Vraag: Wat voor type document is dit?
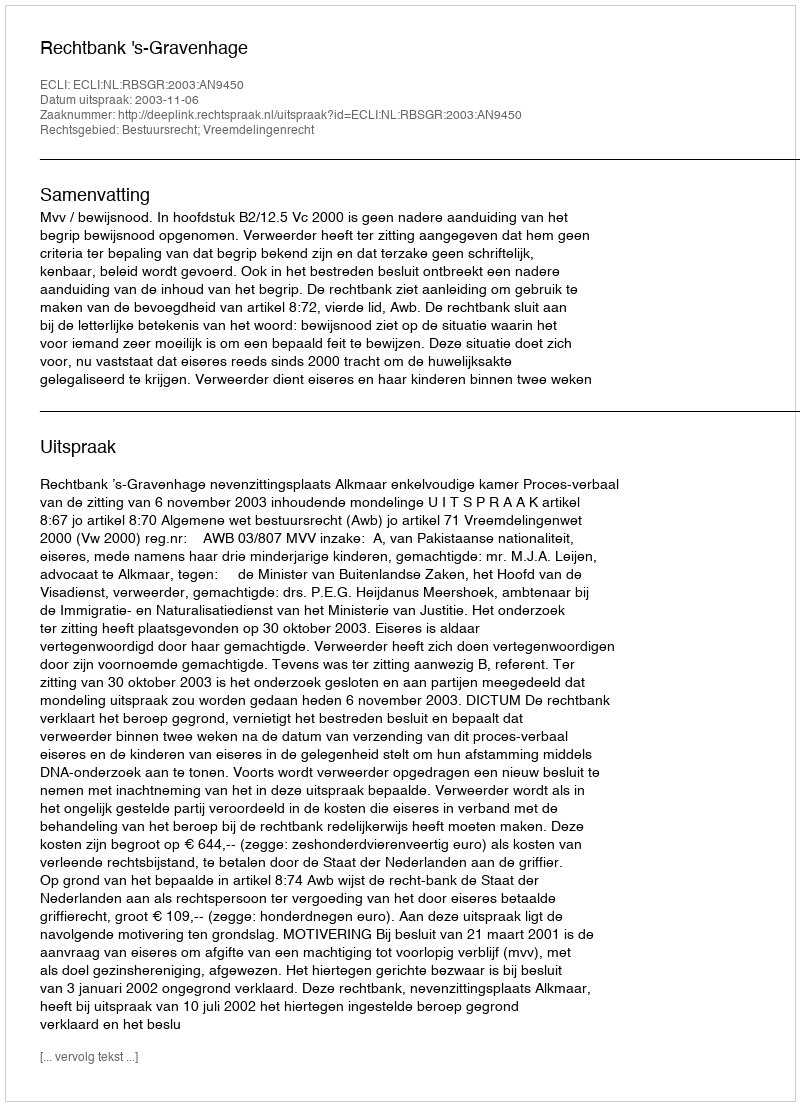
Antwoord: Uitspraak